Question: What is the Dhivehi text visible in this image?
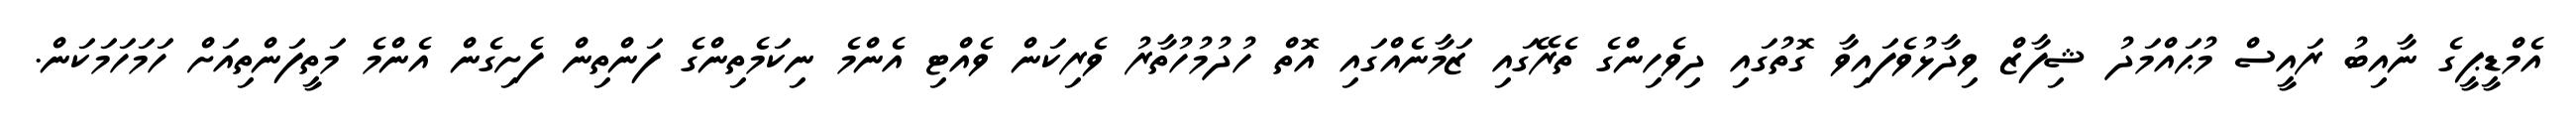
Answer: އެމްޑީޕީގެ ނާއިބު ރައީސް މުޙައްމަދު ޝިފާޒް ވިދާޅުވެފައިވާ ގޮތުގައި ދިވެހިންގެ ތެރޭގައި ޒަމާނެއްގައި އޮތް ހުދުމުހުތާރު ވެރިކަން ވެއްޓި އެންމެ ނިކަމެތިންގެ ފަންތިން ފެށިގެން އެންމެ މަތީފަންތިއަށް ހަމަހަމަކަން.